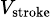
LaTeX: \scriptstyle V_{\mathrm{stroke}}